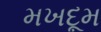
મખદૂમ